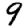
Digit: 9